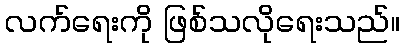
လက်ရေးကို ဖြစ်သလိုရေးသည်။